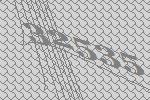
32535